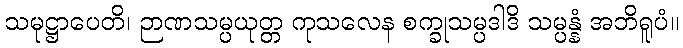
သမုဋ္ဌာပေတိ၊ ဉာဏသမ္ပယုတ္တ ကုသလေန စက္ခုသမ္ပဒါဒိ သမ္ပန္နံ အဘိရူပံ။